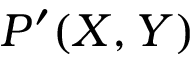
P ^ { \prime } ( X , Y )